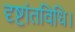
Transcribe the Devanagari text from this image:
दृष्टांतविधि।